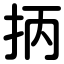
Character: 抦